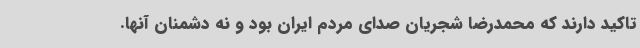
تاکید دارند که محمدرضا شجریان صدای مردم ایران بود و نه دشمنان آنها.